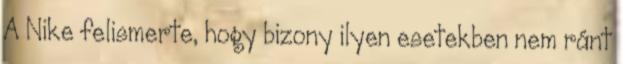
A Nike felismerte, hogy bizony ilyen esetekben nem ránt